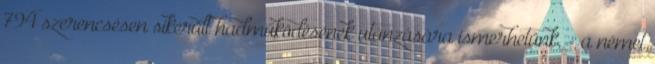
794 szerencsésen sikerült hadműködésének utánzására ismerhetünk, - a német